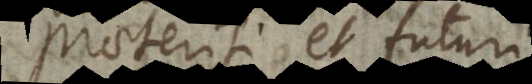
praeteriti et futuri.